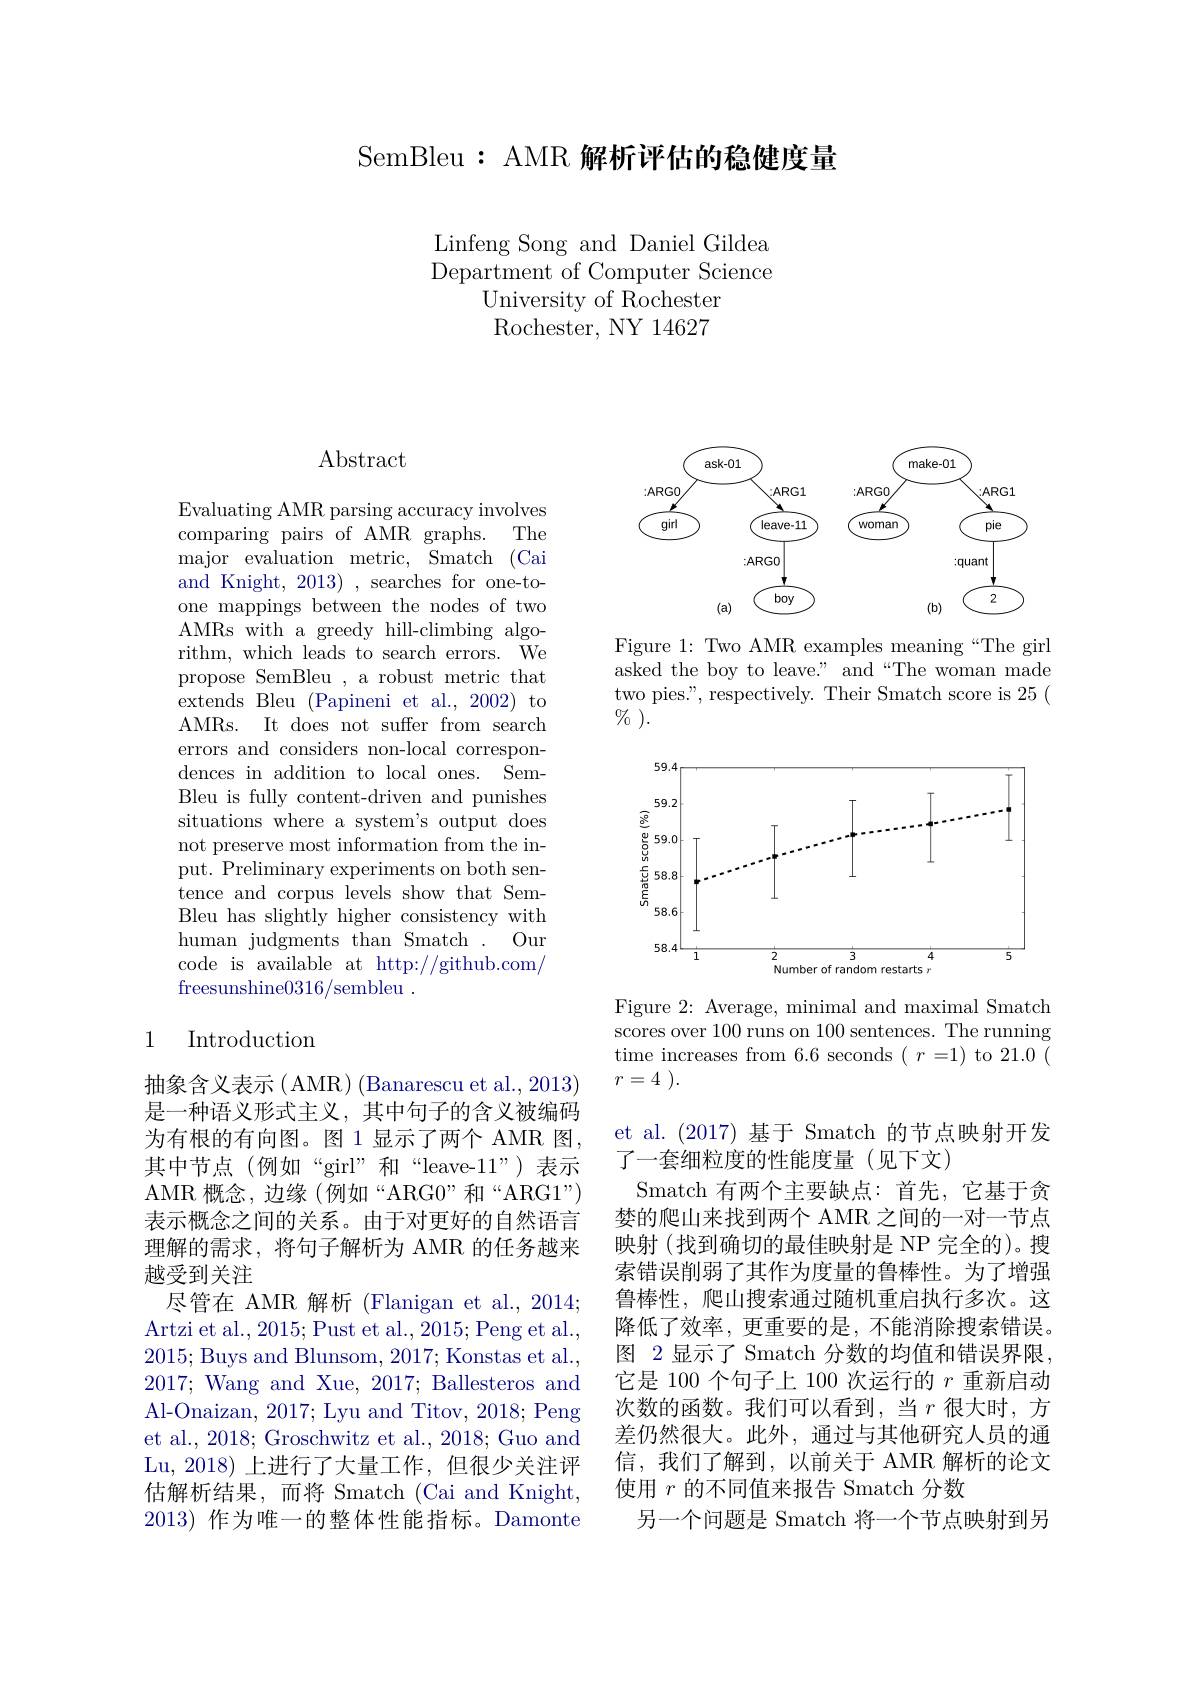
SemBleu : AMR 解析评估的稳健度量

Linfeng Song and Daniel Gildea Department of Computer Science
University of Rochester Rochester, NY 14627

Abstract

Evaluating AMR parsing accuracy involves comparing pairs of AMR graphs. The major evaluation metric, Smatch (Cai and Knight, 2013) , searches for one-toone mappings between the nodes of two AMRs with a greedy hill-climbing algorithm, which leads to search errors. We propose SemBleu , a robust metric that extends Bleu (Papineni et al.,2002) to AMRs. It does not suffer from search errors and considers non-local correspondences in addition to local ones. SemBleu is fully content-driven and punishes situations where a system's output does not preserve most information from the input. Preliminary experiments on both sentence and corpus levels show that SemBleu has slightly higher consistency with human judgments than Smatch . Our code is available at http://github.com/ freesunshine0316/sembleu .

## 1 Introduction

抽象含义表示(AMR)(Banarescu et al., 2013) 是一种语义形式主义，其中句子的含义被编码为有根的有向图。图 1 显示了两个 AMR 图， 其中节点(例如“girl”和“leave-11”)表示AMR 概念，边缘(例如“ARG0”和“ARG1”) 表示概念之间的关系。由于对更好的自然语言理解的需求，将句子解析为 AMR 的任务越来越受到关注
尽管在 AMR 解析 (Flanigan et al., 2014; Artzi et al., 2015; Pust et al., 2015; Peng et al., 2015; Buys and Blunsom, 2017; Konstas et al., 2017; Wang and Xue, 2017; Ballesteros and Al-Onaizan, 2017; Lyu and Titov, 2018; Peng et al., 2018; Groschwitz et al., 2018; Guo and Lu, 2018) 上进行了大量工作，但很少关注评估解析结果，而将 Smatch (Cai and Knight, 2013) 作为唯一的整体性能指标。Damonte

<FigureHere>

Figure 1: Two AMR examples meaning“The girl asked the boy to leave." and“The woman made two pies.", respectively. Their Smatch score is 25 ( $\%$ ).

<FigureHere>

Figure 2: Average, minimal and maximal Smatch scores over 100 runs on 100 sentences. The running time increases from 6.6 seconds $(\begin{array}{c}r=1)\text{ to 21.0}\end{array}\bar{(}$ $r= 4$ ).

et al.(2017)基于 Smatch 的节点映射开发
了一套细粒度的性能度量(见下文)
Smatch 有两个主要缺点：首先，它基于贪梦的爬山来找到两个 AMR 之间的一对一节点映射 (找到确切的最佳映射是 NP 完全的)。搜索错误削弱了其作为度量的鲁棒性。为了增强鲁棒性，爬山搜索通过随机重启执行多次。这降低了效率，更重要的是，不能消除搜索错误。图 2 显示了 Smatch 分数的均值和错误界限， 它是 100 个句子上 100 次运行的$r$重新启动次数的函数。我们可以看到，当$r$很大时，方差仍然很大。此外，通过与其他研究人员的通信，我们了解到，以前关于 AMR 解析的论文使用$r$的不同值来报告 Smatch 分数
另一个问题是 Smatch 将一个节点映射到另